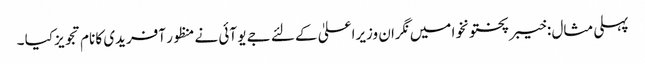
پہلی مثال : خیبر پختونخوا میں نگران وزیراعلیٰ کے لئے جے یو آئی نے منظور آفریدی کا نام تجویز کیا ۔